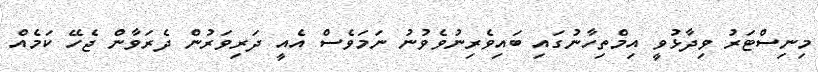
މިނިސްޓަރު ވިދާޅުވީ އިމްތިހާނުގައި ބައިވެރިނުވެވުނު ނަމަވެސް އެއީ ދަރިވަރުން ދެރަވާން ޖެހޭ ކަމެއް